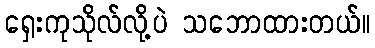
ရှေးကုသိုလ်လို့ပဲ သဘောထားတယ်။